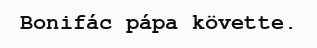
Bonifác pápa követte.